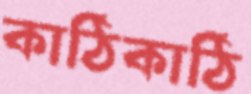
কাঠিকাঠি